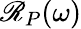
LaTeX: \mathscr{R}_{P}(\omega)